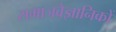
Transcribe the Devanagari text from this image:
समाजवैज्ञानिकों